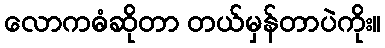
လောကဓံဆိုတာ တယ်မှန်တာပဲကိုး။